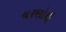
ચરણોથી